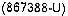
(867388-U)